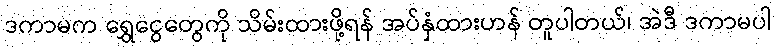
ဒကာမက ရွှေငွေတွေကို သိမ်းထားဖို့ရန် အပ်နှံထားဟန် တူပါတယ်၊ အဲဒီ ဒကာမပါ